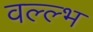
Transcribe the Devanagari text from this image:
वल्ल्भ